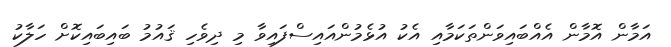
އަމާން އޮމާން އެއްބައިވަންތަކަމާއި އެކު އުޅެމުންއައިސްފައިވާ މި ދިވެހި ޤައުމު ބައިބައިކޮށް ހަލާކު